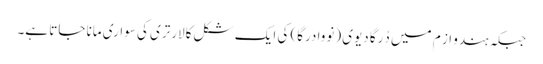
جبکہ ہندو از م میں دُرگا دیوی (نووا درگا) کی ایک شکل کالارتری کی سواری مانا جاتا ہے۔